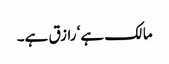
مالک ہے‘ رازق ہے۔